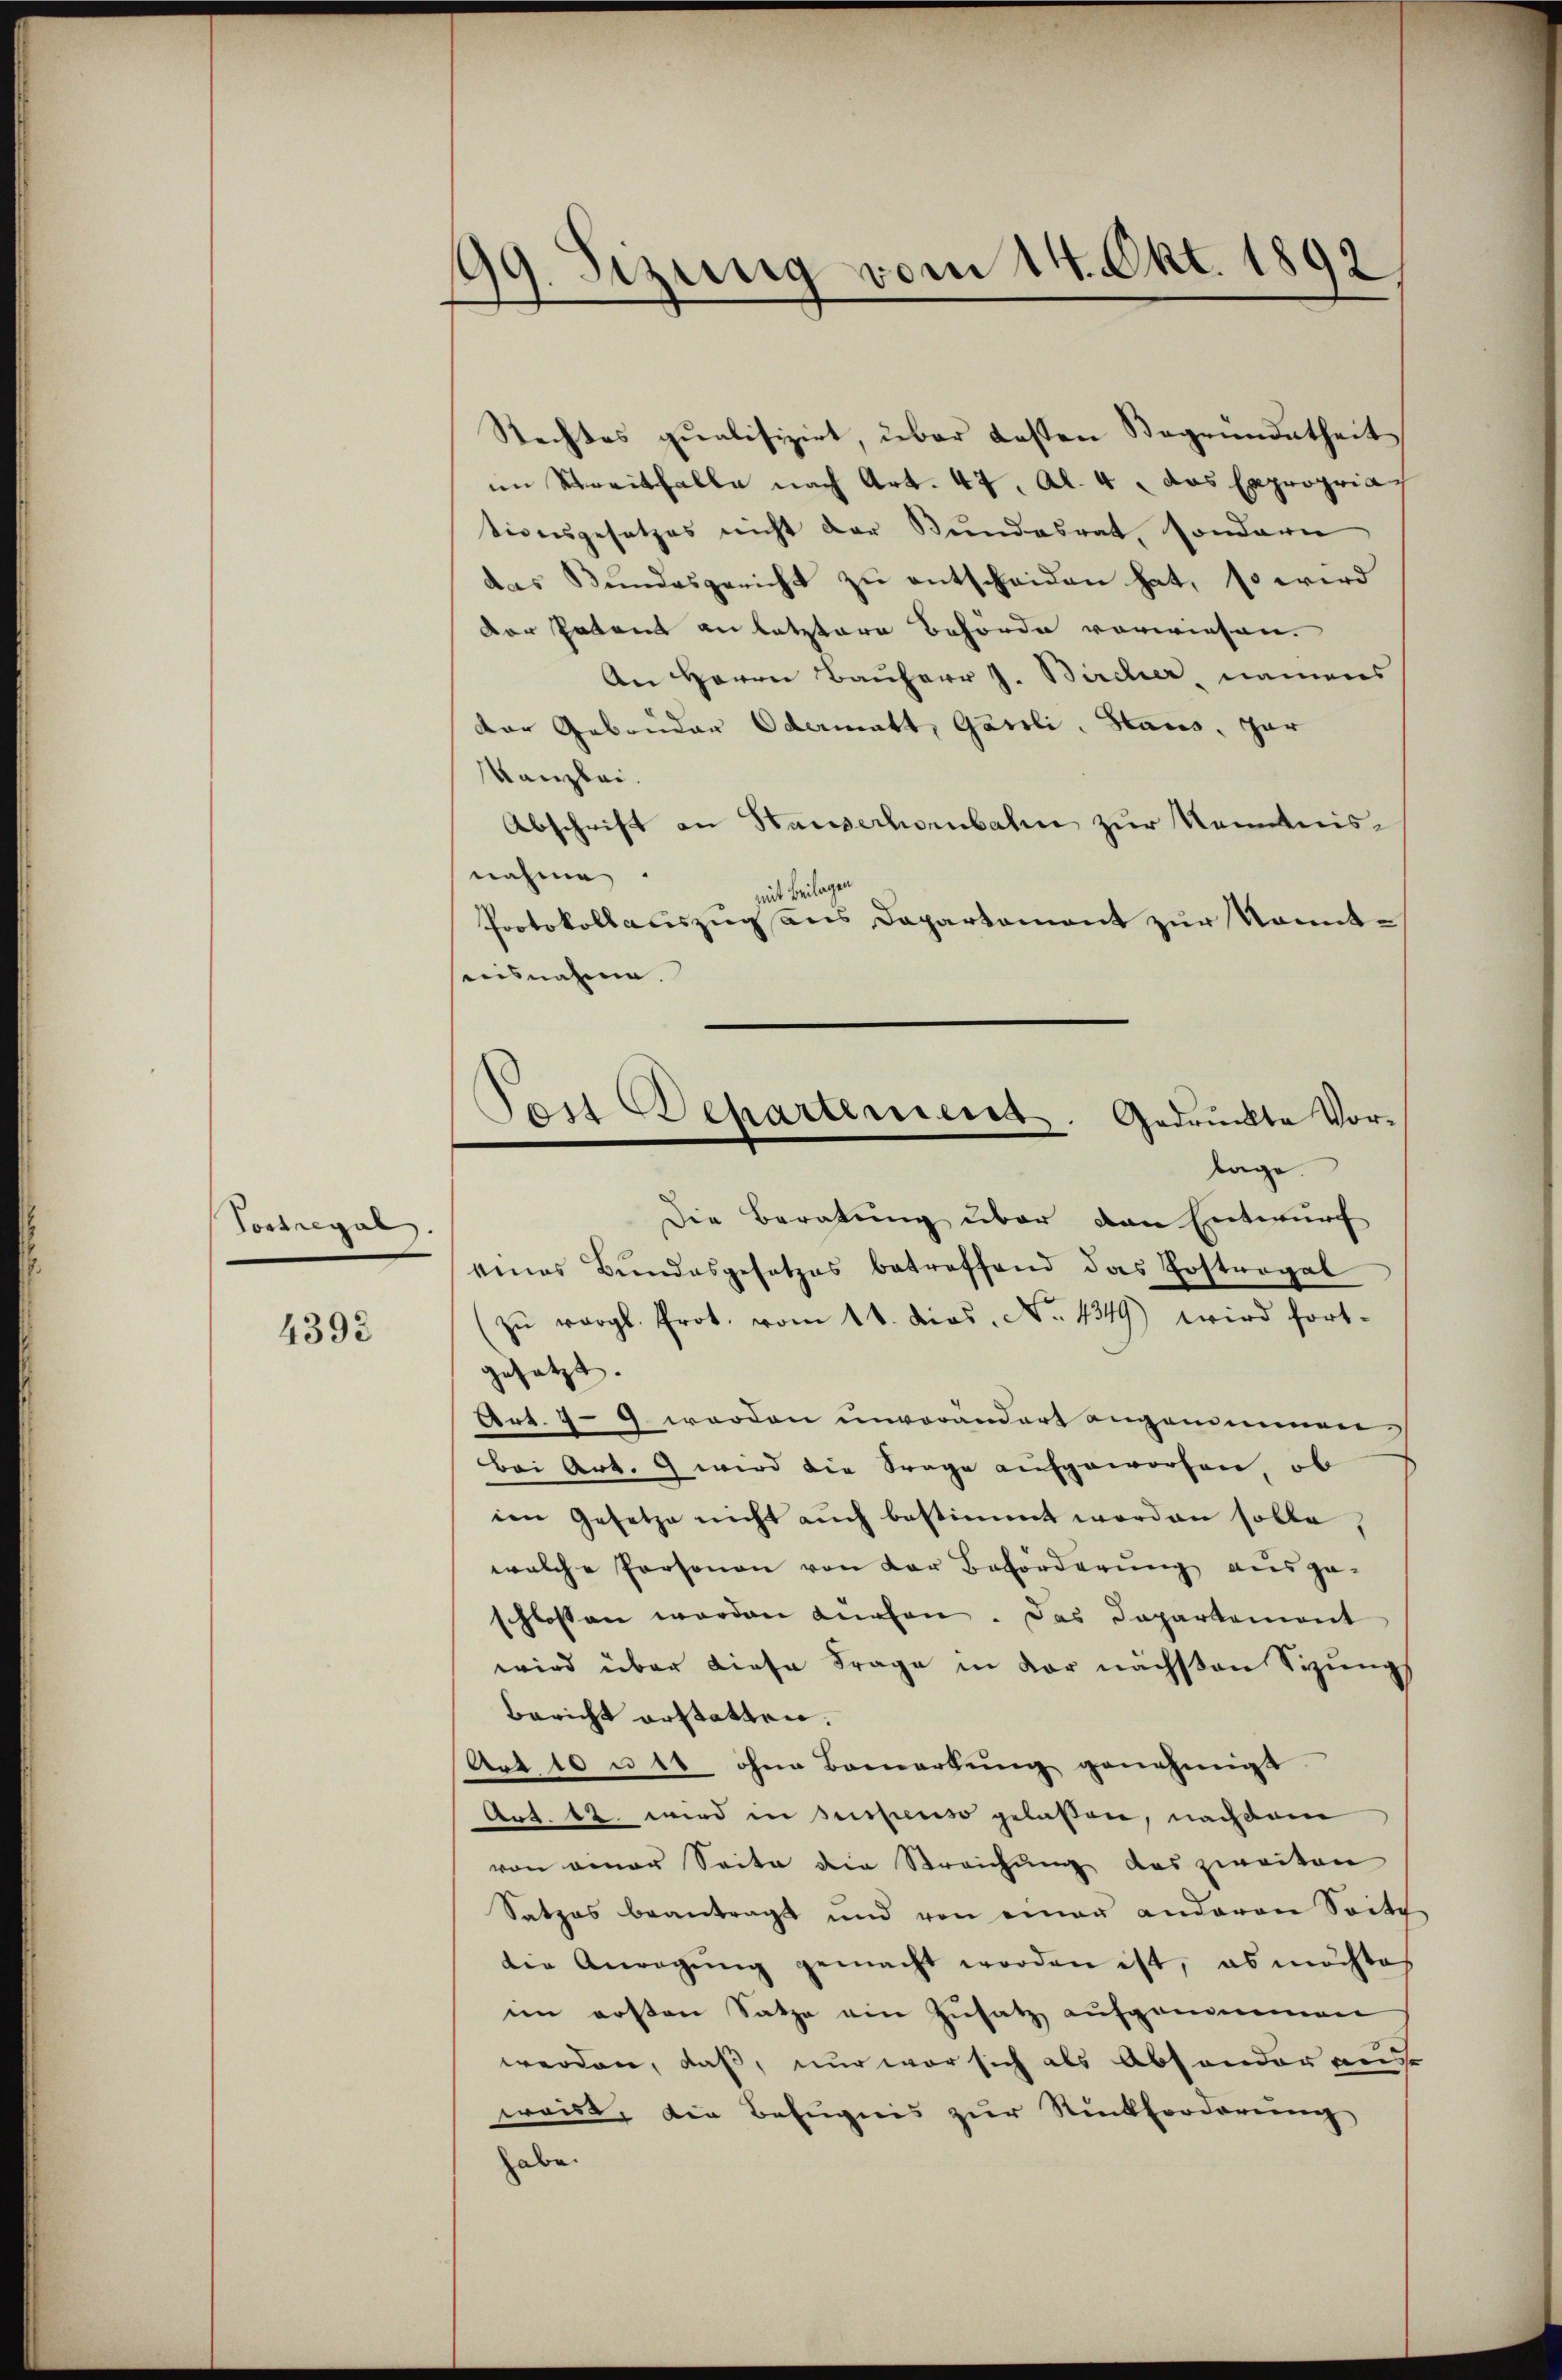
Tostregal.

4392

99. Sizung vom 14. Okt. 1892

Rechtes qualifizirt, über Kosten Begründetheit
im Streitfalle nach Art. 47, Al. 4 das Expropria
tionsgesetzes nicht der Bundesrat, sondern
das Bundesgericht zu entscheiden hat, so wird
Der Patent an letztere Behörde vorwiesen.
An Herrn Bauherr J. Bircher, namens
der Gebrüder Odermatt, Garili, Haus, zur
Kanzlei.
Abschrift an Hauserhorbahn zur Kenntnisnahme
zeit beilagen
Protokollauszug aus Departement zur konntausnahme.
Die Beratung über den Entwurf
eines Bŭndesgesetzes betreffend das Postropal
(zŭ vergl. Prot. vom 11. dies, No 1349) wird fort-
gesetzt.
Art. 49 werden unverändert angenommen
Bei Art. 9 wird die Frage aufgeworfen, ob
ien Gesetze nicht auch bestimmt worden solle,
welche Personen von der Beförderung ausge-
schlossen worden dürfen. Das Departement
wird über diese Frage in der nächsten Sizungs
Bericht erstatten.
Art 10 u 40 ohne Bemerkung genehmigt.
Art. 12 wird in suspenso gelaßen, nachdem
von einer Seite die Streichŭng des zweiten
Satzes beantragt und von einer anderen Seite
die Anregŭng gemacht worden ist, es möchte
im ersten Satze ein Zusatz aufgenommen
werden, daß, nur war sich als Absonder aus
weist, die Befugnis zur Rückforderung
aber

Pais Departement. Gedruckte Vortage.